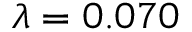
\lambda = 0 . 0 7 0